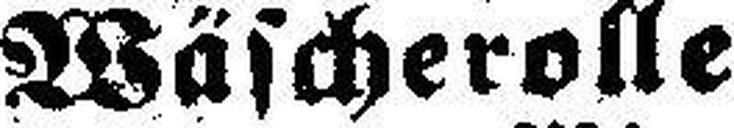
Wäscherolle